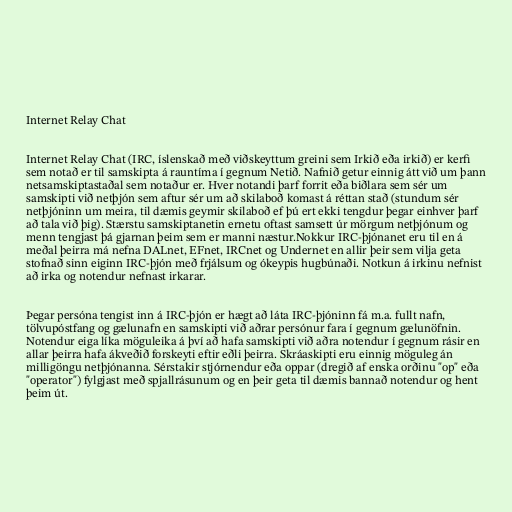
Internet Relay Chat

Internet Relay Chat (IRC, íslenskað með viðskeyttum greini sem Irkið eða irkið) er kerfi
sem notað er til samskipta á rauntíma í gegnum Netið. Nafnið getur einnig átt við um þann
netsamskiptastaðal sem notaður er. Hver notandi þarf forrit eða biðlara sem sér um
samskipti við netþjón sem aftur sér um að skilaboð komast á réttan stað (stundum sér
netþjóninn um meira, til dæmis geymir skilaboð ef þú ert ekki tengdur þegar einhver þarf
að tala við þig). Stærstu samskiptanetin ernetu oftast samsett úr mörgum netþjónum og
menn tengjast þá gjarnan þeim sem er manni næstur.Nokkur IRC-þjónanet eru til en á
meðal þeirra má nefna DALnet, EFnet, IRCnet og Undernet en allir þeir sem vilja geta
stofnað sinn eiginn IRC-þjón með frjálsum og ókeypis hugbúnaði. Notkun á irkinu nefnist
að irka og notendur nefnast irkarar.

Þegar persóna tengist inn á IRC-þjón er hægt að láta IRC-þjóninn fá m.a. fullt nafn,
tölvupóstfang og gælunafn en samskipti við aðrar persónur fara í gegnum gælunöfnin.
Notendur eiga líka möguleika á því að hafa samskipti við aðra notendur í gegnum rásir en
allar þeirra hafa ákveðið forskeyti eftir eðli þeirra. Skráaskipti eru einnig möguleg án
milligöngu netþjónanna. Sérstakir stjórnendur eða oppar (dregið af enska orðinu "op" eða
"operator") fylgjast með spjallrásunum og en þeir geta til dæmis bannað notendur og hent
þeim út.